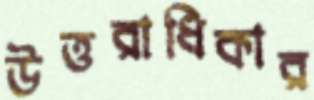
উত্তরাধিকার